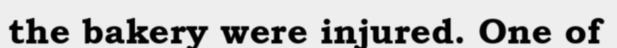
the bakery were injured. One of